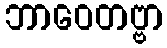
ဘာဝေတဗ္ဗာ